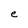
Character: e